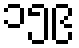
၁၅၉